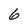
Character: 6